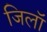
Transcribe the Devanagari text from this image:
जिलॉ